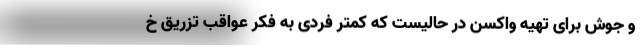
و جوش برای تهیه واکسن در حالیست که کمتر فردی به فکر عواقب تزریق خ